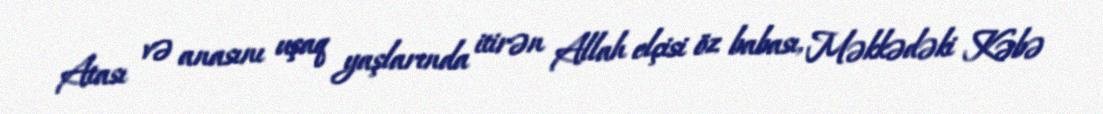
Atası və anasını uşaq yaşlarında itirən Allah elçisi öz babası, Məkkədəki Kəbə